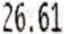
26.61